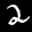
Label: 2